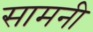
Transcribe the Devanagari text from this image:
सामनी